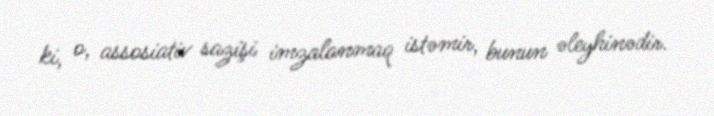
ki, o, assosiativ sazişi imzalanmaq istəmir, bunun əleyhinədir.